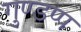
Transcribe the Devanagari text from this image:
गुण्डप्प